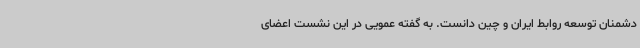
دشمنان توسعه روابط ایران و چین دانست. به گفته عمویی در این نشست اعضای